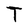
Character: T